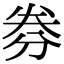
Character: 𠝂